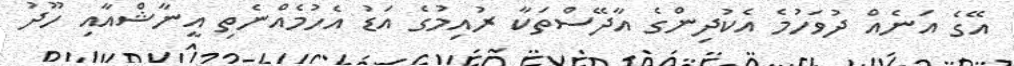
އޭގެ އަނެއް ދުވަހުމެ އެކުދިންގެ އާދޭސްތަކާ ރުއިމުގެ އަޑު އެހުމެއްނެތި އީނާޝްއާއި ހޫދު